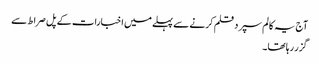
آج یہ کالم سپرد قلم کرنے سے پہلے میں اخبارات کے پل صراط سے
گزر رہا تھا۔